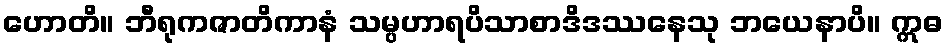
ဟောတိ။ ဘီရုကဇာတိကာနံ သမ္ပဟာရပိသာစာဒိဒဿနေသု ဘယေနာပိ။ ဣဓ